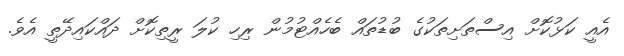
އެއީ ކަޅުކޮށް އިސްތަށިތަކުގެ ބުޑުތައް ބެހެއްޓުމުން ރިހި ކުލަ ރީތިކޮށް ދައްކައިދޭތީ އެވެ.